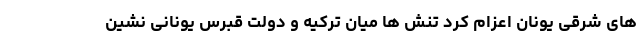
های شرقی یونان اعزام کرد تنش ها میان ترکیه و دولت قبرس یونانی نشین